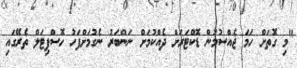
"މި ގޮތަށް ހަމަ ޖެއްސުމުން ޑޮކްޓަރަށް ދެއްކުމަށް ނަންބަރު ނެގުމަށްފަހު ހޮސްޕިޓަލް ތެރޭގައި